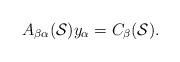
LaTeX: \begin{align*} A_{\beta\alpha}(\mathcal{S})y_{\alpha} = C_\beta(\mathcal{S}). \end{align*}